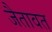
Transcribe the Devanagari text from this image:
जैतावत